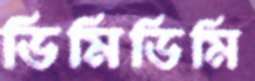
ডিমিডিমি